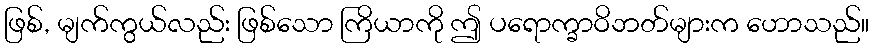
ဖြစ်, မျက်ကွယ်လည်း ဖြစ်သော ကြိယာကို ဤ ပရောက္ခာဝိဘတ်များက ဟောသည်။